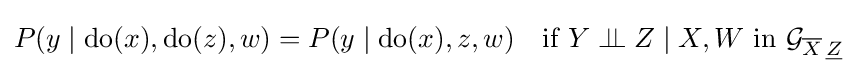
P(y\mid \mathrm {do} (x),\mathrm {do} (z),w)=P(y\mid \mathrm {do} (x),z,w)\quad {\text{if }}Y\perp \!\!\!\perp Z\mid X,W{\text{ in }}{\mathcal {G}}_{{\overline {X}}\,{\underline {Z}}}